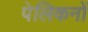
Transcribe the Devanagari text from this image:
पेलिकनों